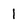
Character: 1